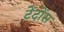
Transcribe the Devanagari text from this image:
टेंदोंस